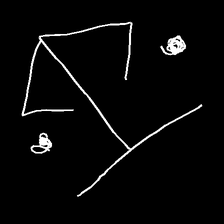
Glyph: earth